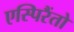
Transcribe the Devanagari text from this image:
एस्पिरैंतो